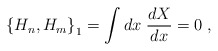
\begin{align*}\left\{H_{n},H_{m}\right\}_{1} = \int dx\;\frac{dX}{dx} = 0\;,\end{align*}